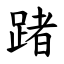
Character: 踷